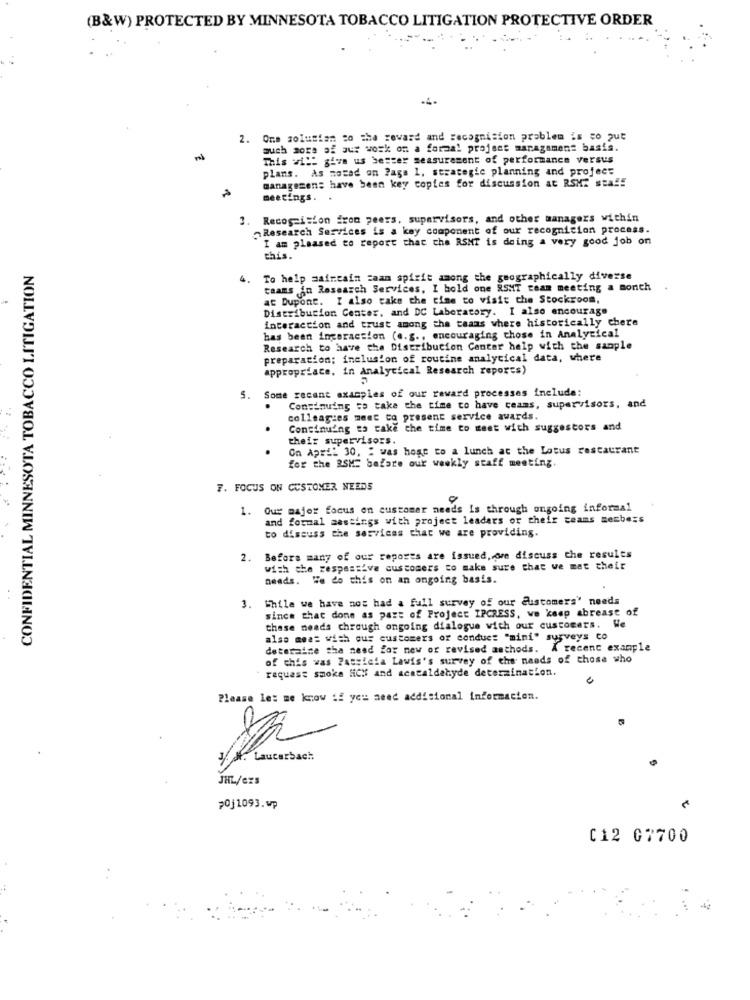
(B&W) PROTECTED BY MINNESOTA TOBACCO LITIGATION PROTECTIVE ORDER
.4.
2. One solution so the reward and recognision problem is to put
such sors of aus work on a formal project management basis.
This will give us bester measurement of performance versus
plans. As marad on Page 1, strategic planning and project
managemen: have been key copies for discussion at RSM: staff
meetings.
3. Recogeision fron peers. supervisors, and other managers within
Research Services is a key component of our recognition process.
I am pleased to report that the RSMT is doing a very good job on
this.
CONFIDENTIAL MINNESOTA TOBACCO LITIGATION
4.
To help maintain caam spirit among the geographically diverse
teams in Research Services, I bold one RSMT team meeting a monch
at Dupont. I also take the time to visit the Stockroom,
Distribucion Center, and DC Laboratory. I also encourage
interaction and trust among the taans where historically chere
has been ingeraction (e.g ., encouraging those in Analytical
Research to have the Distribution Center help with the sample
preparation; inclusion of routine analytical data, where
appropriate. in Analytical Research reports)
5. Some recant examples of our reward processes include:
.
Continuing to take the time to have ceans, supervisors, and
colleagues meet to present service awards.
.
Continuing to take the time to meet with suggestors and
their supervisors.
.
On April 30, " was hoge to a lunch at the Lotus restaurant
for the RSME before our weekly staff meeting.
7. FOCUS ON CUSTOMER NEEDS
. Our major focus on customer needs is through ongoing informal
and formal sestings with project leaders or their teams members
to discuss the services that we are providing.
2. Before many of our reports are issued, ore discuss the results
with the respassive customers to make sure that we met their
needs. We do this on an ongoing basis.
3. While we have nos had a full survey of our Customers' needs
since that done as part of Project IPCRESS, we keep abreast of
these needs chrough ongoing dialogue with our customers. We
also meat with our customers of conduct "mini" surveys to
determine the need for new or revised asthods. A recent example
of this was Patricia Lawis's survey of the needs of those who
request smoke HiCIS and acacaldabyde determination.
Please let me know if you need additional information.
/ H. Lauterbach
JHL/Czs
20j1093.wp
C12 G7700